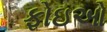
ફોઇઓ